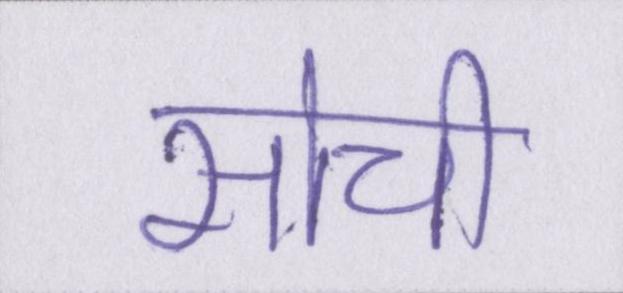
सोची